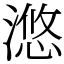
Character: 滺